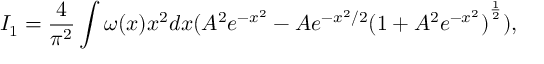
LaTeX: I _ { 1 } = { \frac { 4 } { \pi ^ { 2 } } } \int { \omega ( x ) x ^ { 2 } d x ( A ^ { 2 } e ^ { - x ^ { 2 } } - A e ^ { - { { x ^ { 2 } } / 2 } } { ( 1 + A ^ { 2 } e ^ { - x ^ { 2 } } ) } ^ { \frac { 1 } { 2 } } ) } ,